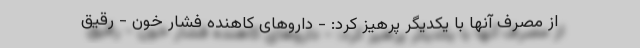
از مصرف آنها با يکديگر پرهیز کرد: - داروهای کاهنده فشار خون - رقیق